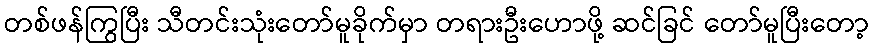
တစ်ဖန်ကြွပြီး သီတင်းသုံးတော်မူခိုက်မှာ တရားဦးဟောဖို့ ဆင်ခြင် တော်မူပြီးတော့